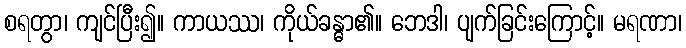
စရတွာ၊ ကျင်ပြီး၍။ ကာယဿ၊ ကိုယ်ခန္ဓာ၏။ ဘေဒါ၊ ပျက်ခြင်းကြောင့်။ မရဏာ၊